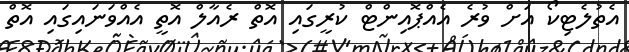
އެތުލެޓިކޯ އަށް ވުރެ އެއްޕޮއިންޓް ކުރީގައި އޮތް ރެއާލް އޮތީ އެއްވަނައިގައި އޮތް